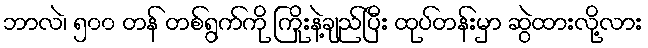
ဘာလဲ၊ ၅၀၀ တန် တစ်ရွက်ကို ကြိုးနဲ့ချည်ပြီး ထုပ်တန်းမှာ ဆွဲထားလို့လား